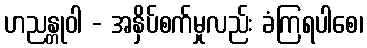
ဟညန္တုဝါ - အနှိပ်စက်မှုလည်း ခံကြရပါစေ၊